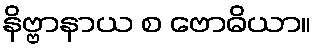
နိဗ္ဗာနာယ စ ဗောဓိယာ။